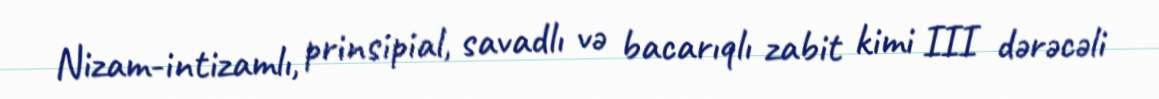
Nizam-intizamlı, prinsipial, savadlı və bacarıqlı zabit kimi III dərəcəli